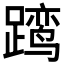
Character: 𲄄